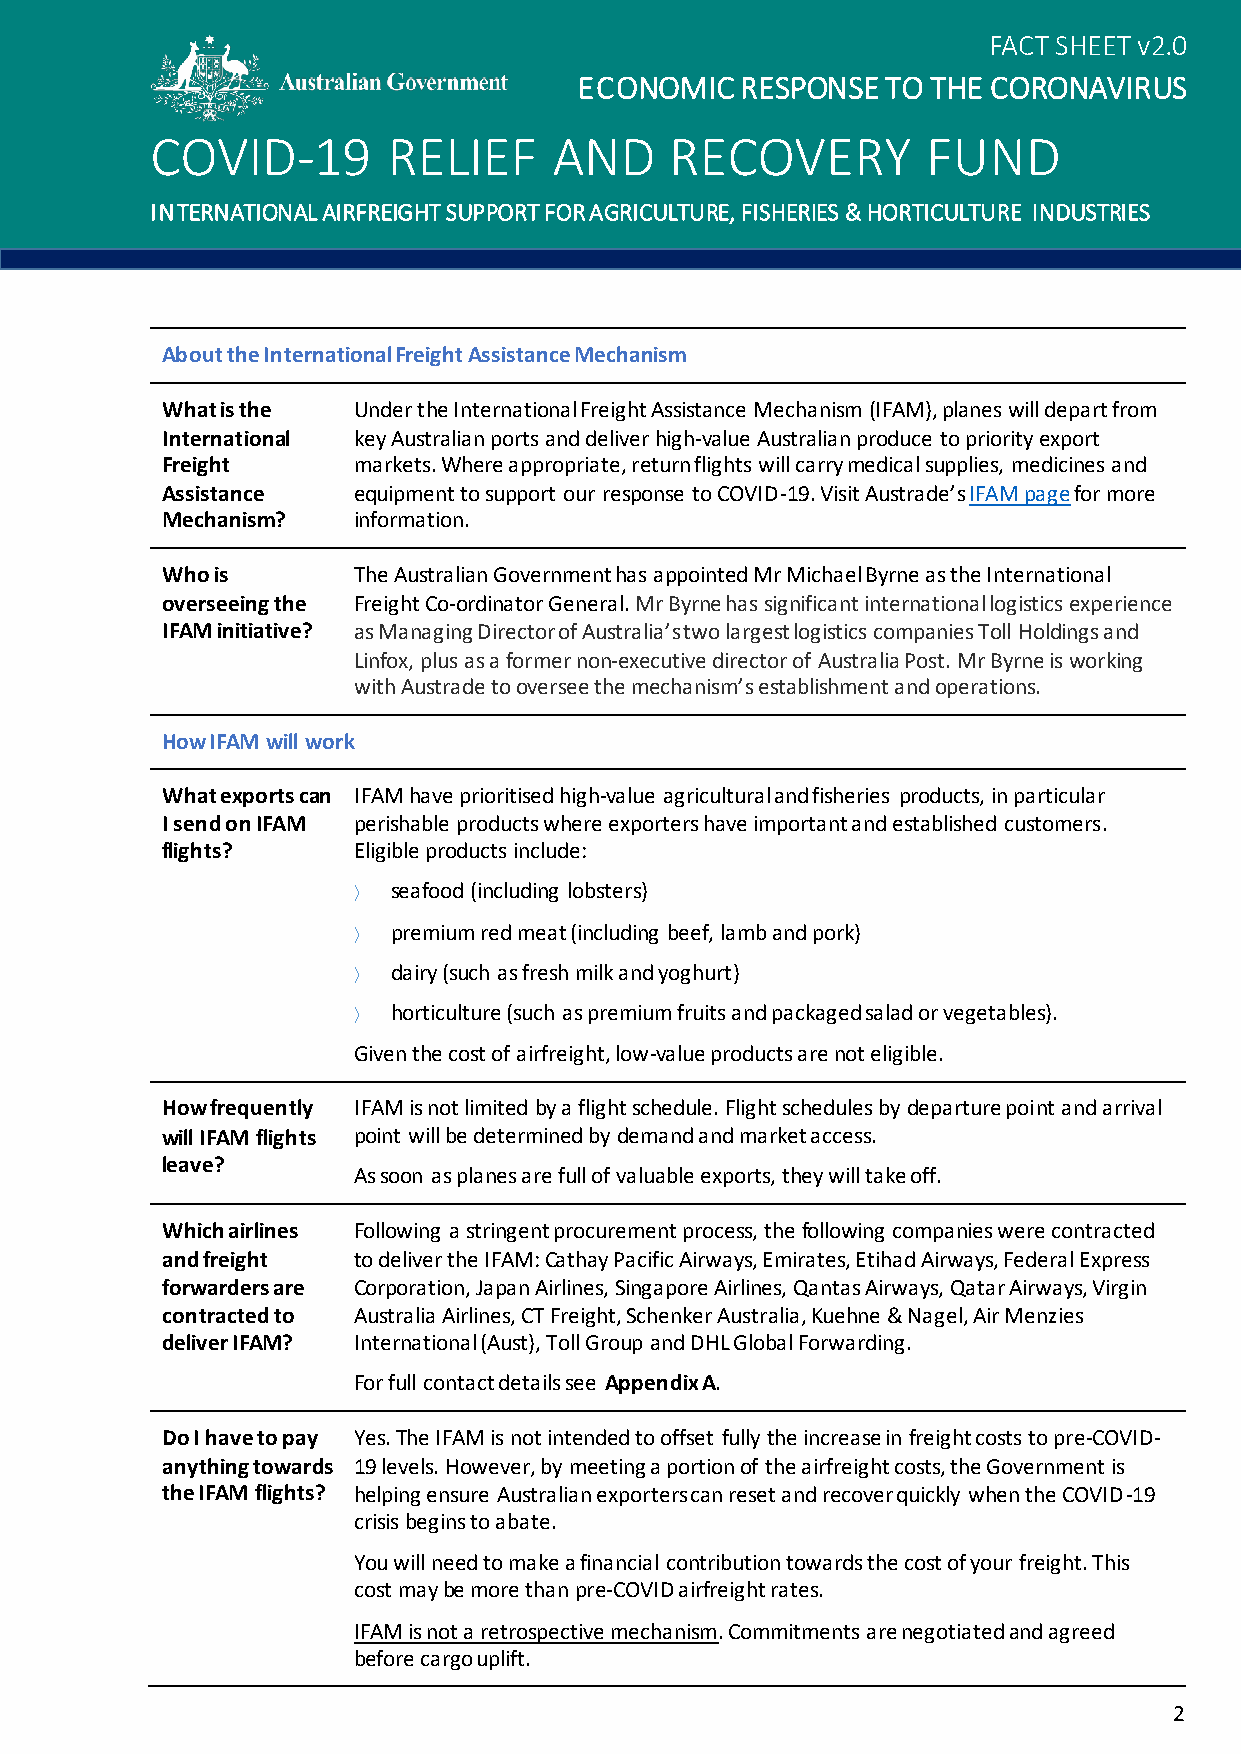
FACT SHEET v2.0
 ECONOMIC   RESPONSE  TO THE CORONAVIRUS
 COVID-19        RELIEF     AND    RECOVERY         FUND
 INTERNATIONAL AIRFREIGHT SUPPORT FOR AGRICULTURE, FISHERIES & HORTICULTURE INDUSTRIES
 About the International Freight Assistance Mechanism
 What is the Under the International Freight Assistance Mechanism (IFAM), planes will depart from
 International key Australian ports and deliver high-value Australian produce to priority export
 Freight     markets. Where appropriate, return flights will carry medical supplies, medicines and
 Assistance  equipment to support our response to COVID-19. Visit Austrade’s IFAM page for more
 Mechanism?  information.
 Who is      The Australian Government has appointed Mr Michael Byrne as the International
 overseeing the Freight Co-ordinator General. Mr Byrne has significant international logistics experience
 IFAM initiative? as Managing Director of Australia’s two largest logistics companies Toll Holdings and
 Linfox, plus as a former non-executive director of Australia Post. Mr Byrne is working
 with Austrade to oversee the mechanism’s establishment and operations.
 How IFAM will work
 What exports can IFAM have prioritised high-value agricultural and fisheries products, in particular
 I send on IFAM perishable products where exporters have important and established customers.
 flights?    Eligible products include:
   seafood (including lobsters)
   premium red meat (including beef, lamb and pork)
   dairy (such as fresh milk and yoghurt)
   horticulture (such as premium fruits and packaged salad or vegetables).
 Given the cost of airfreight, low-value products are not eligible.
 How frequently IFAM is not limited by a flight schedule. Flight schedules by departure point and arrival
 will IFAM flights point will be determined by demand and market access.
 leave?
 As soon as planes are full of valuable exports, they will take off.
 Which airlines Following a stringent procurement process, the following companies were contracted
 and freight to deliver the IFAM: Cathay Pacific Airways, Emirates, Etihad Airways, Federal Express
 forwarders are Corporation, Japan Airlines, Singapore Airlines, Qantas Airways, Qatar Airways, Virgin
 contracted to Australia Airlines, CT Freight, Schenker Australia, Kuehne & Nagel, Air Menzies
 deliver IFAM? International (Aust), Toll Group and DHL Global Forwarding.
 For full contact details see Appendix A.
 Do I have to pay Yes. The IFAM is not intended to offset fully the increase in freight costs to pre-COVID-
 anything towards 19 levels. However, by meeting a portion of the airfreight costs, the Government is
 the IFAM flights? helping ensure Australian exporters can reset and recover quickly when the COVID-19
 crisis begins to abate.
 You will need to make a financial contribution towards the cost of your freight. This
 cost may be more than pre-COVID airfreight rates.
 IFAM is not a retrospective mechanism. Commitments are negotiated and agreed
 before cargo uplift.
 2